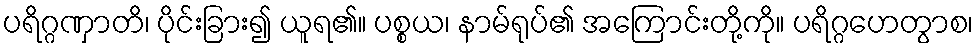
ပရိဂ္ဂဏှာတိ၊ ပိုင်းခြား၍ ယူရ၏။ ပစ္စယ၊ နာမ်ရုပ်၏ အကြောင်းတို့ကို။ ပရိဂ္ဂဟေတွာစ၊